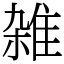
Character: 雑